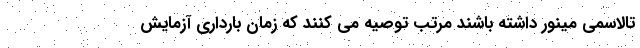
تالاسمی مینور داشته باشند مرتب توصیه می کنند که زمان بارداری آزمایش